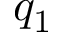
q _ { 1 }